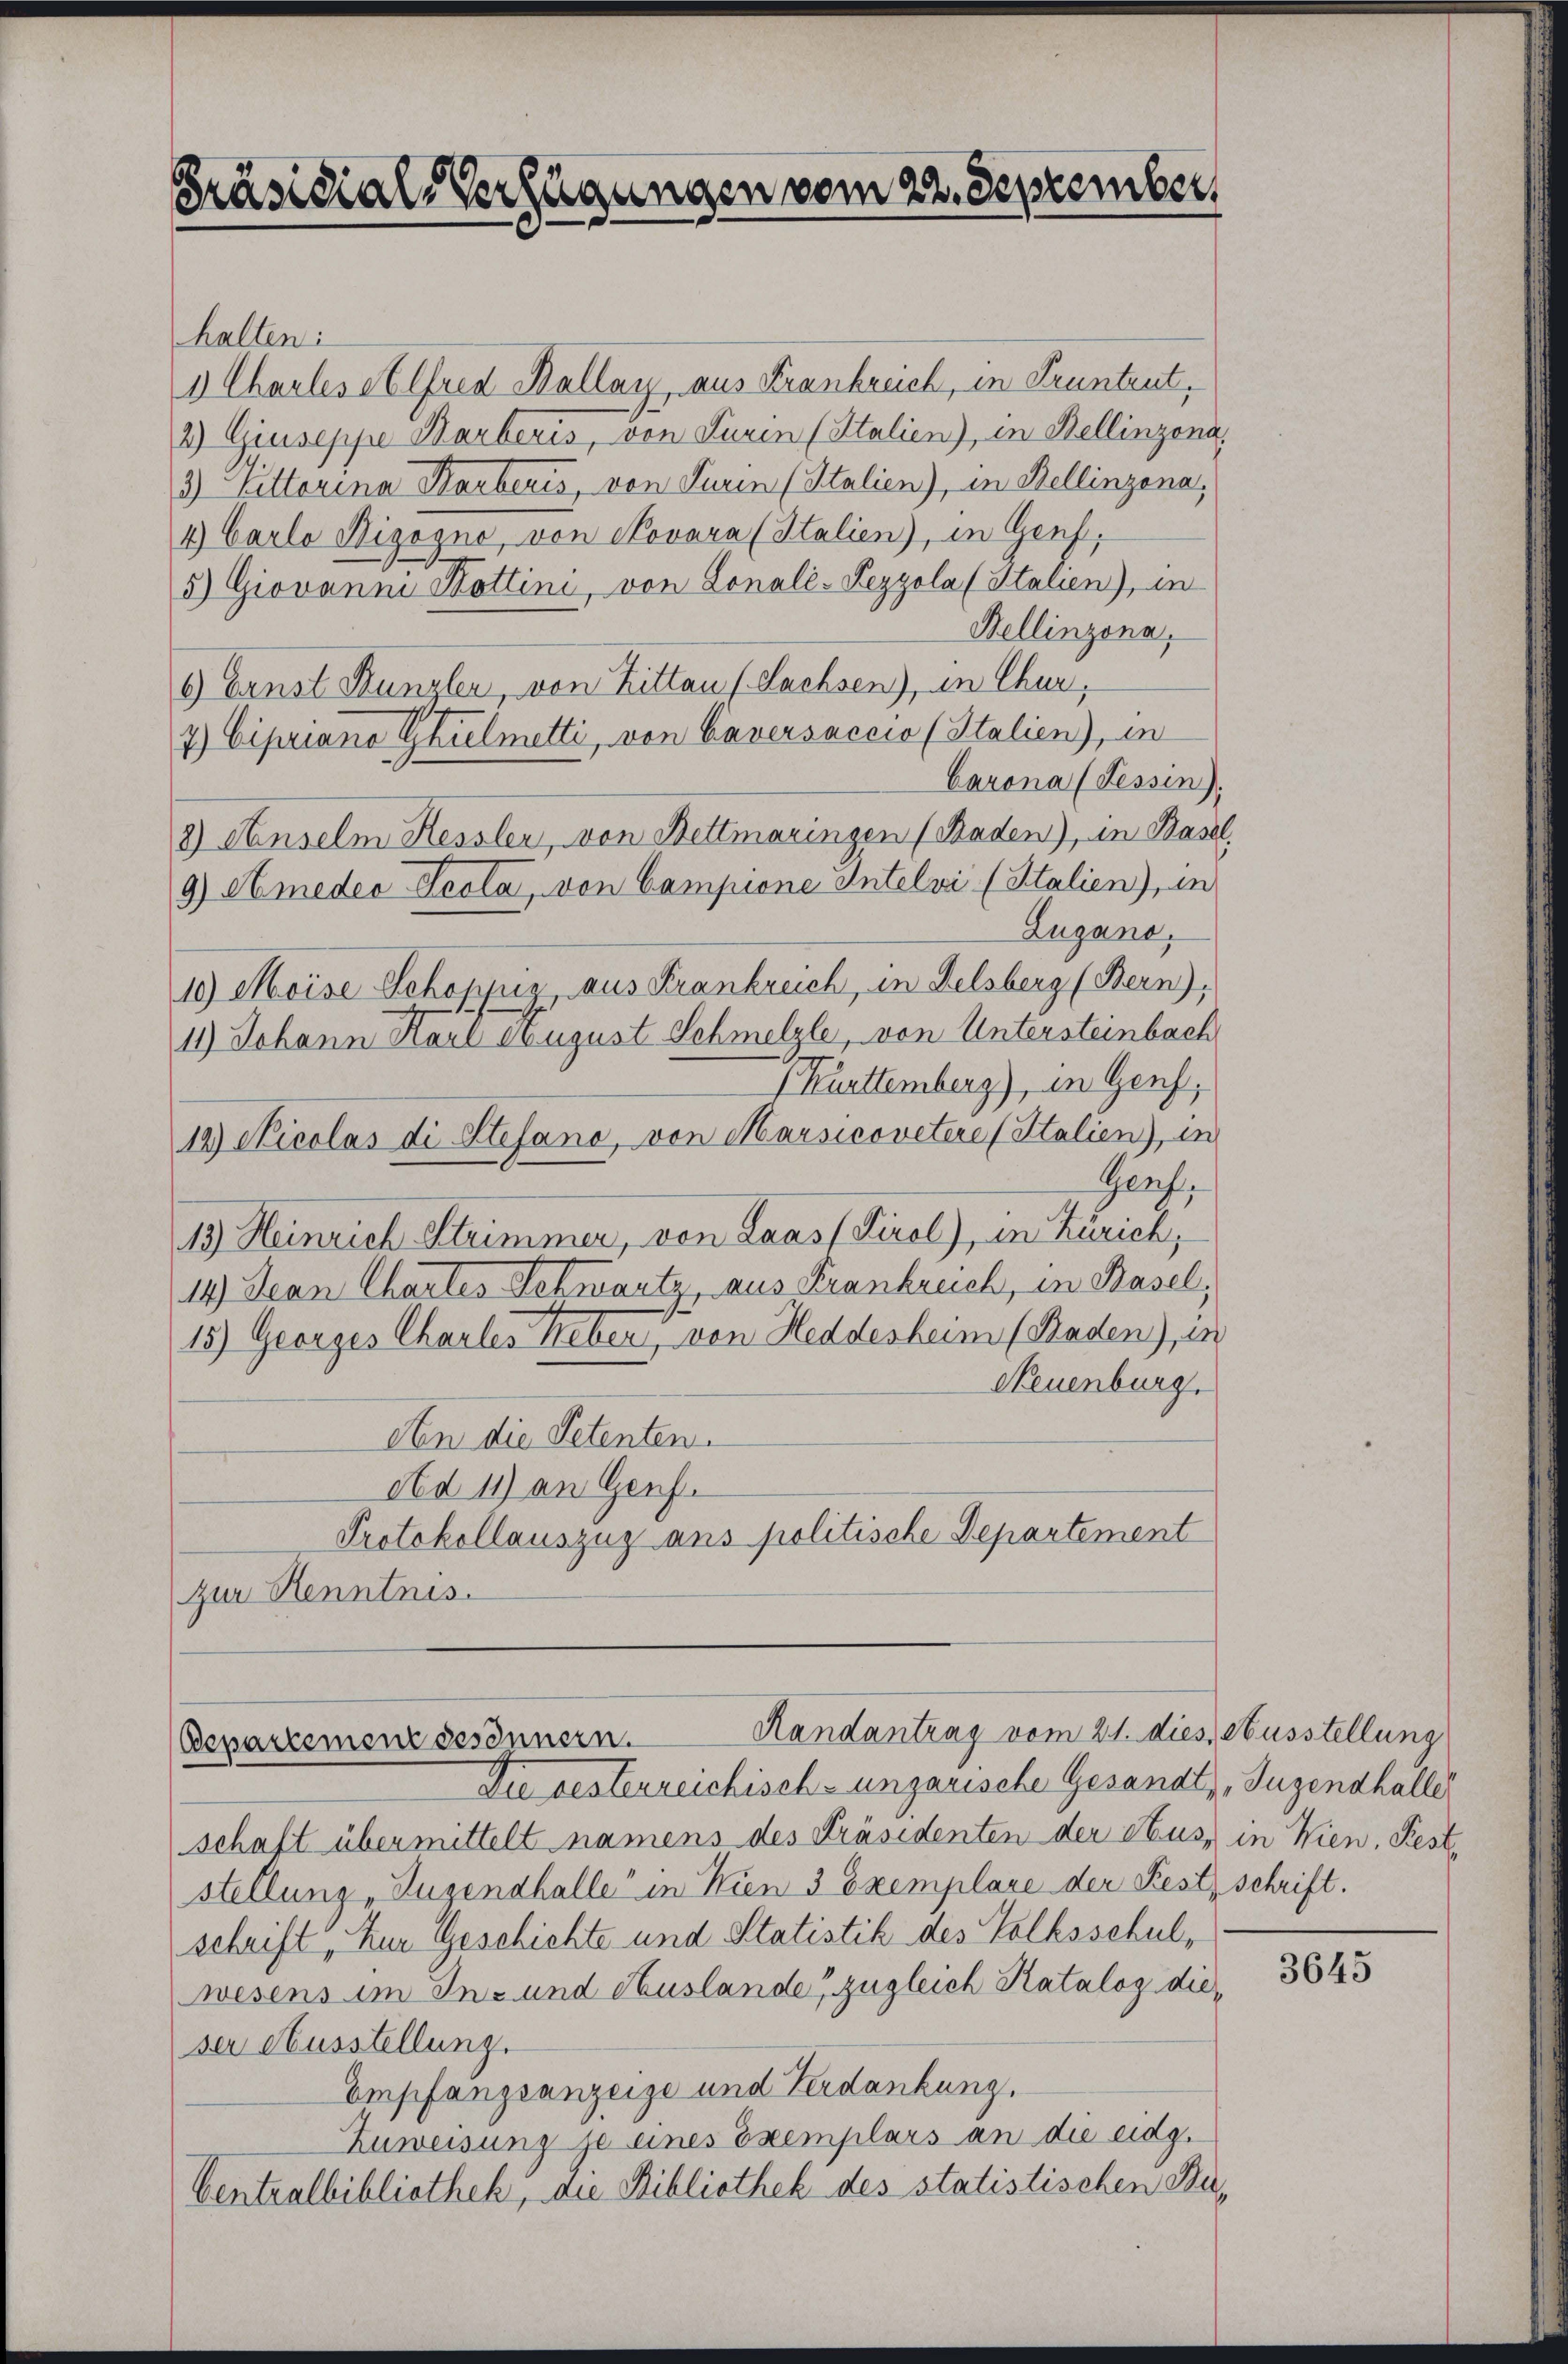
Präsidial-Verfügungen vom 22. September

halten:
1 Charles et lfred Kallay, aus Frankreich, in Pruntrut,
2) Giuseppe Barberis, von Turin (Italien), in Bellinzona,
3) Bettarina Karberis, von Turin (Italien), in Bellinzona,
4.) Carlo Bizogno, von Novara (Italien), in Genf.
5) Giovanna Kottini, von Lonalé-Pezzola (Stalien), in
Bellinzona,
6) Ernst Kanzler, von Bitten (Sachsen), in Chur,
7.) Cipriano Gkielmetti, von Caversaccio (Italien), in
Corona (Tessin).
3) Senselm Hessler, von Bettmaringen (Raden), in Base
Zugano.
10) Moise Schoppig, aus Frankreich, in Felsberg (Bern),
11) Johann Karl August Schmelzle, von Untersteinbach
Kürttemberg), in Genf,
12) Nicolas di Stefano, von Marsicovetere (Italien), in
Genf,
13) Heinrich Strimmer, von Laas (Tirol), in Zürich,
14) Jean Chartes Schwartz, aus Frankreich, in Basel,
15.) Georges Charles Neben von Heddesbeim (Raden), in
Neuenburg.
den die Petenten.
Ad 11) an Genf.
Protokollauszug ans politische Departement
zur Kenntnis.

9) Amedes Prola, von Campione Intelvi (Stalien), in

Departement gesinnern.
Die besterreichisch-ungarische Gesandt, Jugendhaller

Handantrag vom 21. dies, Ausstellung

schaft übermittelt namens des Präsidenten der Hus, in Wien, Feststellung „Jugendhalle in Wien 3 Exemplare der Festz schrift.
schrift, Zur Geschichte und Statistik des Volksschulwesens im In- und Auslande zugleich Katalog dieser Ausstellung.
Empfangsanzeige und Ferdankung,
Zuweisung je eines Exemplars an die eidg.
Centralbibliothek, die Bibliothek des statistischen Be¬

3645